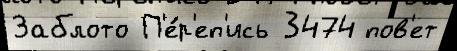
Заблото П'е́р'еп'ись 3474 пов'ет